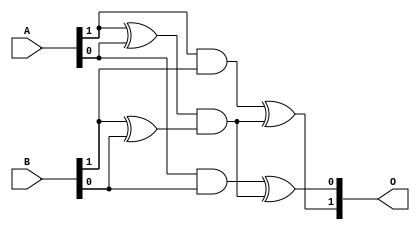
`timescale 1ns / 1ps
//////////////////////////////////////////////////////////////////////////////////
// Company: 
// Engineer: 
// 
// Design Name: 
// Module Name: GF2p2_multiplication
// Project Name: 
// Target Devices: 
// Tool Versions: 
// Description: 
// 
// Dependencies: 
// 
// Revision:
// Revision 0.01 - File Created
// Additional Comments:
// 
//////////////////////////////////////////////////////////////////////////////////

//checked 1
module GF2p2_multiplication(O,A,B);
input [1:0]A;   
input [1:0]B;                         // input byte
output [1:0]O;                           // output after inversion
//----------------------------------------------------
wire A1;
wire A0;
wire B1;
wire B0;
wire w1,w2,w3,w4,w5;
//----------------------------------------------------
 assign A1=A[1];
 assign A0=A[0];
 assign B1=B[1];
 assign B0=B[0];
 //----------------------------------------------------
 assign w1=A1 & B1;
 assign w2=A0 & B0;
 assign w3=A1 ^ A0;
 assign w4=B1 ^ B0;
 assign w5=w3 & w4;
 assign O[1]=w1 ^ w5;
 assign O[0]=w2 ^ w5;
endmodule